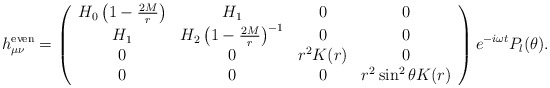
\begin{align*}h_{\mu\nu}^{\rm even} = \left (\begin{array}{cccc}H_0\left ( 1 - {2M\over r} \right ) & H_1 & 0 & 0 \\H_1 & H_2\left ( 1 - {2M\over r} \right )^{-1} & 0 & 0 \\0 & 0 & r^2 K(r) & 0 \\0 & 0 & 0 & r^2\sin^2\theta K(r)\end{array}\right ) e^{-i\omega t} P_l(\theta).\end{align*}